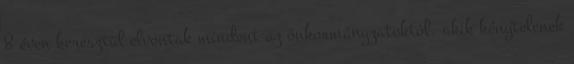
8 éven keresztül elvontak mindent az önkormányzatoktól, akik kénytelenek